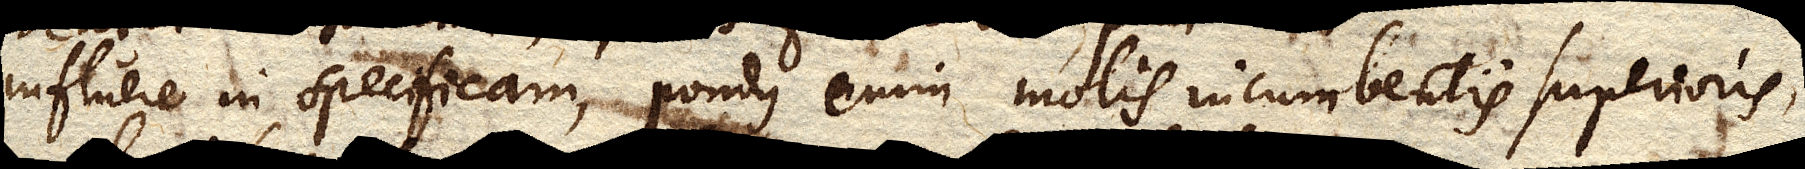
influere in specificam, pondus enim molis incumbentis superioris,